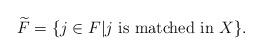
LaTeX: \begin{align*}\widetilde F =\{j\in F | j \mbox{ is matched in } X\}.\end{align*}